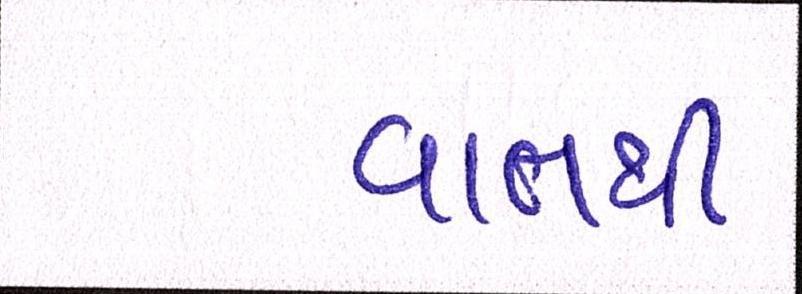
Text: વાતથી